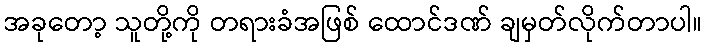
အခုတော့ သူတို့ကို တရားခံအဖြစ် ထောင်ဒဏ် ချမှတ်လိုက်တာပါ။